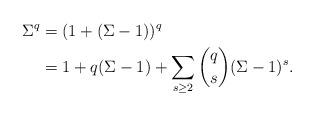
LaTeX: \begin{align*} \Sigma^q &= (1 + (\Sigma - 1))^q \\ &= 1 + q(\Sigma - 1) + \sum_{s \geq 2}\binom{q}{s} (\Sigma - 1)^s. \end{align*}